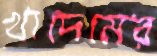
খাদেমের